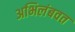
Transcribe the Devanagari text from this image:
अभिलंबवत